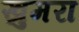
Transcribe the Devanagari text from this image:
खुमरा